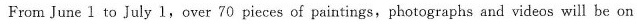
From June l to July l,over 70 pieces of paintings,photographs and videos will be on